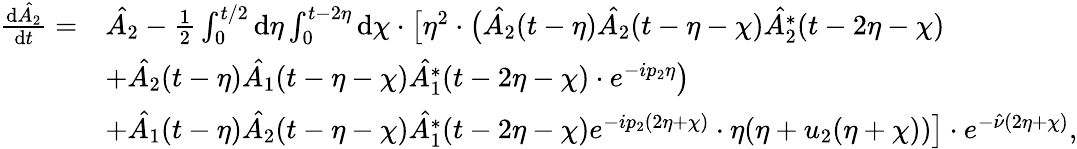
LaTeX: \begin{array}{rl}{\frac{\mathrm{d}\hat{A_{2}}}{\mathrm{d}t}=}&{\hat{A_{2}}-\frac{1}{2}\int_{0}^{t/2}\mathrm{d}\eta\int_{0}^{t-2\eta}\mathrm{d}\chi\cdot\bigl[\eta^{2}\cdot\bigl(\hat{A_{2}}(t-\eta)\hat{A_{2}}(t-\eta-\chi)\hat{A_{2}^{*}}(t-2\eta-\chi)}\\ &{+\hat{A_{2}}(t-\eta)\hat{A_{1}}(t-\eta-\chi)\hat{A_{1}^{*}}(t-2\eta-\chi)\cdot e^{-ip_{2}\eta}\bigr)}\\ &{+\hat{A_{1}}(t-\eta)\hat{A_{2}}(t-\eta-\chi)\hat{A_{1}^{*}}(t-2\eta-\chi)e^{-ip_{2}(2\eta+\chi)}\cdot\eta(\eta+u_{2}(\eta+\chi))\bigr]\cdot e^{-\hat{\nu}(2\eta+\chi)},}\end{array}